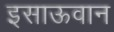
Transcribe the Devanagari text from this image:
इसाऊवान